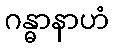
ဂန္ဓာနာဟံ